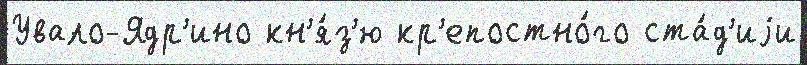
Увало-Ядр'ино кн'я́з'ю кр'епостно́го ста́д'иjи